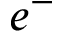
e ^ { - }